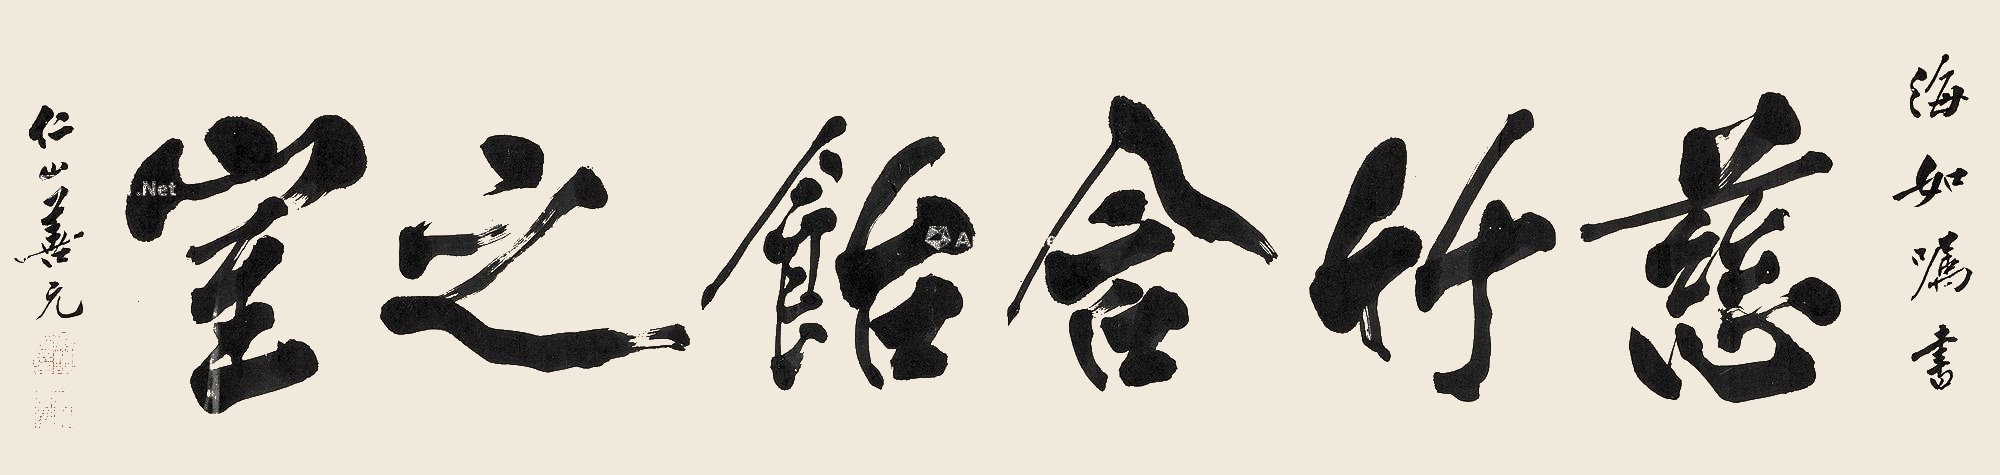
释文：慈竹含饴之室海如嘱书。仁山善元。